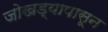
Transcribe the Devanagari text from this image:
जोखड्यापासून